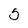
Character: 5